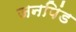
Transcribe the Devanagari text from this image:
जनपिंड